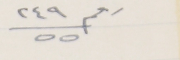
رقم ٢٤٩/٥٥